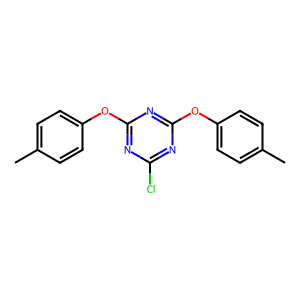
SMILES: Cc1ccc(Oc2nc(Cl)nc(Oc3ccc(C)cc3)n2)cc1
Inhibits HIV replication: No